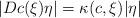
LaTeX: \begin{gather*}\vert Dc(\xi)\eta \vert= \kappa(c,\xi)\vert \eta\vert\end{gather*}